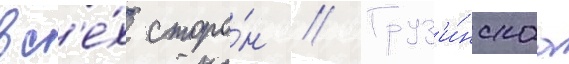
вс'е́х сторо́н // Груз'и́нскаа